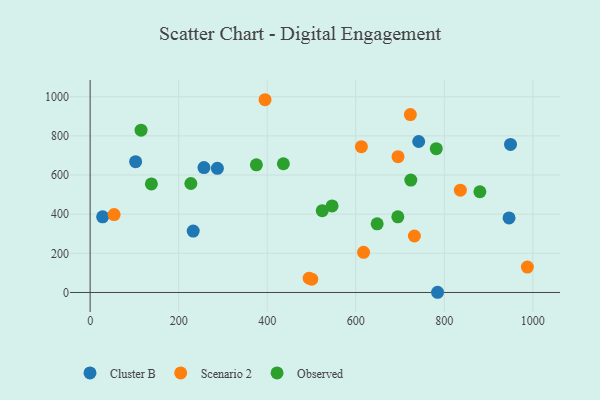
{"axis": {"x": "Experience", "y": "Rating"}, "legend": ["Cluster B", "Observed", "Scenario 2"], "data": [{"x": "949.5", "y": 756.1, "type": "Cluster B"}, {"x": "28.2", "y": 386.4, "type": "Cluster B"}, {"x": "102.7", "y": 668.4, "type": "Cluster B"}, {"x": "946.2", "y": 380.8, "type": "Cluster B"}, {"x": "232.8", "y": 313.9, "type": "Cluster B"}, {"x": "287.4", "y": 634.3, "type": "Cluster B"}, {"x": "784.7", "y": 1.0, "type": "Cluster B"}, {"x": "257.1", "y": 638.1, "type": "Cluster B"}, {"x": "742.1", "y": 771.3, "type": "Cluster B"}, {"x": "494.7", "y": 72.8, "type": "Scenario 2"}, {"x": "836.2", "y": 522.5, "type": "Scenario 2"}, {"x": "395.0", "y": 984.7, "type": "Scenario 2"}, {"x": "695.4", "y": 693.8, "type": "Scenario 2"}, {"x": "54.1", "y": 398.2, "type": "Scenario 2"}, {"x": "612.7", "y": 744.6, "type": "Scenario 2"}, {"x": "987.6", "y": 129.6, "type": "Scenario 2"}, {"x": "617.6", "y": 205.3, "type": "Scenario 2"}, {"x": "723.3", "y": 908.9, "type": "Scenario 2"}, {"x": "500.6", "y": 68.1, "type": "Scenario 2"}, {"x": "732.4", "y": 288.5, "type": "Scenario 2"}, {"x": "375.5", "y": 652.0, "type": "Observed"}, {"x": "695.0", "y": 386.3, "type": "Observed"}, {"x": "115.0", "y": 829.1, "type": "Observed"}, {"x": "546.5", "y": 442.1, "type": "Observed"}, {"x": "781.8", "y": 734.5, "type": "Observed"}, {"x": "524.3", "y": 418.1, "type": "Observed"}, {"x": "138.3", "y": 554.7, "type": "Observed"}, {"x": "880.3", "y": 514.5, "type": "Observed"}, {"x": "436.5", "y": 657.5, "type": "Observed"}, {"x": "648.3", "y": 350.8, "type": "Observed"}, {"x": "724.3", "y": 574.3, "type": "Observed"}, {"x": "227.5", "y": 556.7, "type": "Observed"}]}